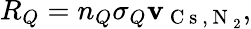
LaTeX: R_{Q}=n_{Q}\sigma_{Q}\mathbf{v}_{\mathrm{{~C~s~,~N~}}_{2}},